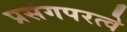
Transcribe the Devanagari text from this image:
प्रसंगपरत्वे